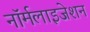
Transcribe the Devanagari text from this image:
नॉर्मलाइजेशन